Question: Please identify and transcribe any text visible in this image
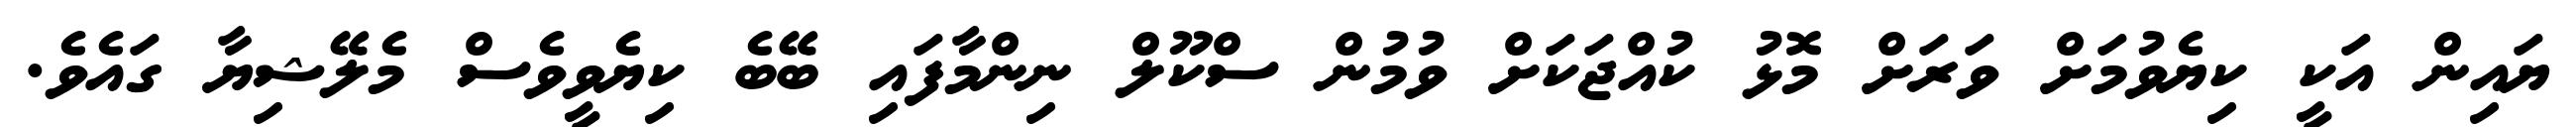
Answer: ޔައިން އަކީ ކިޔެވުމަށް ވަރަށް މޮޅު ކުއްޖަކަށް ވުމުން ސްކޫލް ނިންމާފައި ބޭބެ ކިޔެވީވެސް މެލޭޝިޔާ ގައެވެ.